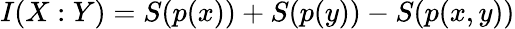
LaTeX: I(X:Y)=S(p(x))+S(p(y))-S(p(x,y))